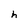
Character: h